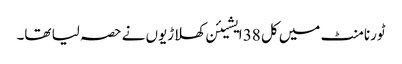
ٹورنامنٹ میں کل 38 ایشیئن کھلاڑیوں نے حصہ لیا تھا۔